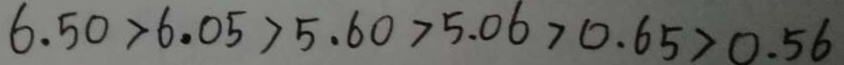
6 . 5 0 > 6 . 0 5 > 5 . 6 0 > 5 . 0 6 > 0 . 6 5 > 0 . 5 6